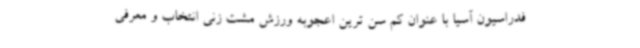
فدراسیون آسیا با عنوان کم سن ترین اعجوبه ورزش مشت زنی انتخاب و معرفی